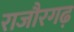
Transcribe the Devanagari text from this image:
राजौरगढ़